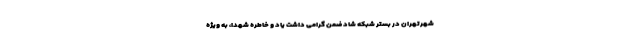
شهرتهران در بستر شبکه شاد ضمن گرامی داشت یاد و خاطره شهدا، به ویژه